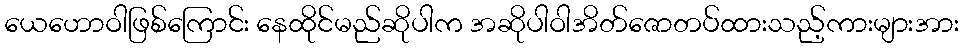
ယေဟောဝါဖြစ်ကြောင်း နေထိုင်မည်ဆိုပါက အဆိုပါဝါအိတ်ဇောတပ်ထားသည့်ကားများအား